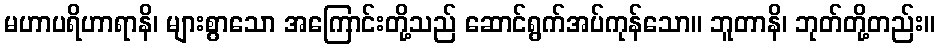
မဟာပရိဟာရာနိ၊ များစွာသော အကြောင်းတို့သည် ဆောင်ရွက်အပ်ကုန်သော။ ဘူတာနိ၊ ဘုတ်တို့တည်း။